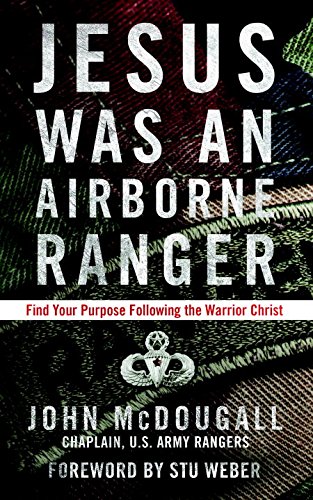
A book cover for Jesus Was an Airborne Ranger: Find Your Purpose Following the Warrior Christ; John McDougall; Christian Books & Bibles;